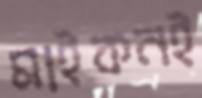
মাইকনই